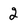
Character: 2